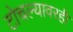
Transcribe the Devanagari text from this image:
टोचल्यावरही